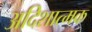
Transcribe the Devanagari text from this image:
अदिशात्मक